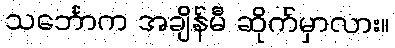
သင်္ဘောက အချိန်မီ ဆိုက်မှာလား။